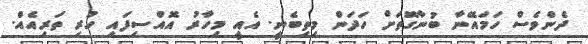
ދެންވެސް ހަމައޭނާ ބުނާގޮތަށް ހަދަން މިތިބެނީ. އެއީ މިހާރު އޮއްސިފައި ހުރި ތަރިއެއް.